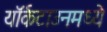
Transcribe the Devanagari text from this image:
यॉर्कटाउनमध्ये